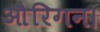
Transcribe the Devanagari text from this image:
औरिगन।